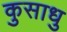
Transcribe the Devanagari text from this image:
कुसाधु